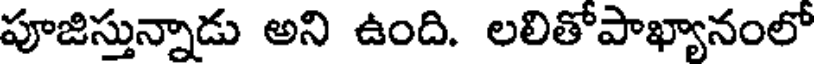
పూజిస్తున్నాడు అని ఉంది. లలితోపాఖ్యానంలో